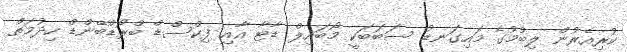
ކުރިއެރުން ލިބުމުގެ މައިގަނޑު ސަބަބަކީ މޯބައިލް ޑާޓާ އާއި ފިކްސްޑް ބްރޯޑްބޭންޑް ހިދުމަތް